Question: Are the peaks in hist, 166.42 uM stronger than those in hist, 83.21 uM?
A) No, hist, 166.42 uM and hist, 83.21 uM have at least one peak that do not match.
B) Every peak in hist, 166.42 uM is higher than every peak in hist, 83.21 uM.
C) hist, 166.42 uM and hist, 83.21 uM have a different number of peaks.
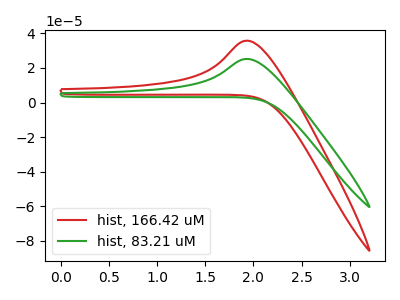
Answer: <think>The red curve "hist, 166.42 uM" has an anodic peak at: (1.95V, 35.80uA). The green curve "hist, 83.21 uM" has an anodic peak at: (1.95V, 25.25uA).</think>
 <answer>B) Every peak in "hist, 166.42 uM" is higher than every peak in "hist, 83.21 uM".</answer>
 <eval>B</eval>